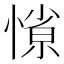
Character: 𭞜